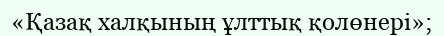
«Қазақ халқының ұлттық қолөнері»;